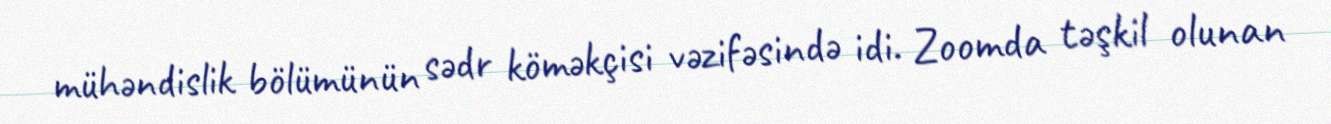
mühəndislik bölümünün sədr köməkçisi vəzifəsində idi. Zoomda təşkil olunan